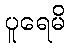
ပူရေမိ